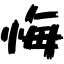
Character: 悔